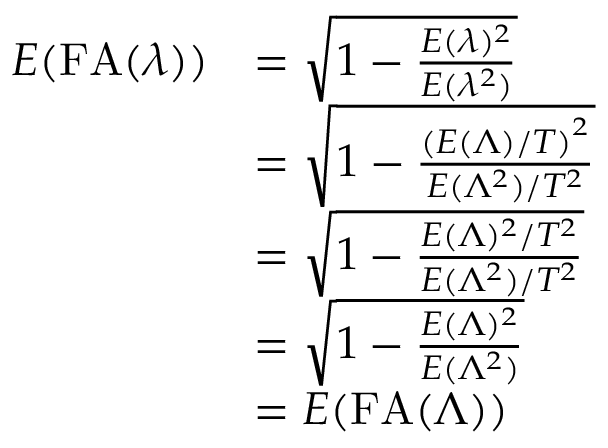
\begin{array} { r l } { E ( \mathrm { F A } ( \lambda ) ) } & { = \sqrt { 1 - \frac { E ( \lambda ) ^ { 2 } } { E ( \lambda ^ { 2 } ) } } } \\ & { = \sqrt { 1 - \frac { \left( E ( \Lambda ) / T \right) ^ { 2 } } { E ( \Lambda ^ { 2 } ) / T ^ { 2 } } } } \\ & { = \sqrt { 1 - \frac { E ( \Lambda ) ^ { 2 } / T ^ { 2 } } { E ( \Lambda ^ { 2 } ) / T ^ { 2 } } } } \\ & { = \sqrt { 1 - \frac { E ( \Lambda ) ^ { 2 } } { E ( \Lambda ^ { 2 } ) } } } \\ & { = E ( \mathrm { F A } ( \Lambda ) ) } \end{array}